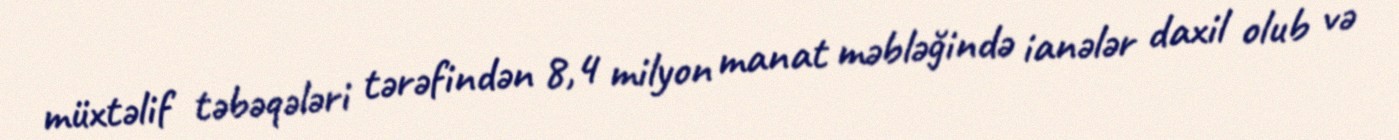
müxtəlif təbəqələri tərəfindən 8,4 milyon manat məbləğində ianələr daxil olub və